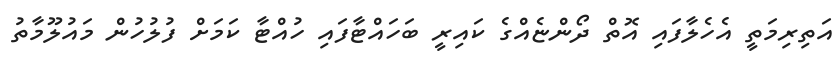
އަތިރިމަތީ އެހެލާފައި އޮތް ދޯންޏެއްގެ ކައިރީ ބަހައްޓާފައި ހުއްޓާ ކަމަށް ފުލުހުން މައުލޫމާތު